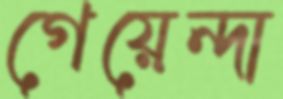
গেয়েন্দা